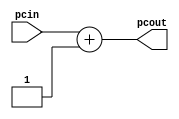
// Class: CSCI 401 Computer Architecture
// Lab #1: Instruction Fetch Stage

// Comments        : CHANGE: The incrementer is by 1 instead of by 4.
//                   This way, memory is word addressable.  If we need
//                   to change it later we will do that. You may make
//                   this change as well.

module incrementer (
   input  wire [31:0] pcin,      // Input of incrementer
   output wire [31:0] pcout      // Output of incrementer
   );
   assign pcout = pcin + 1;  // Increment PC by 1, *See Comments above
endmodule // incrementer